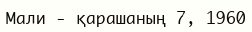
Мали - қарашаның 7, 1960